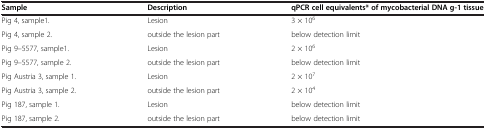
| Sample | Description | qPCR cell equivalents* of mycobacterial DNA g-1 tissue |
 | --- | --- | --- |
 | Pig 4, sample1. | Lesion | 3 × 106 |
 | Pig 4, sample 2. | outside the lesion part | below detection limit |
 | Pig 9–5577, sample1. | Lesion | 2 × 106 |
 | Pig 9–5577, sample 2. | outside the lesion part | below detection limit |
 | Pig Austria 3, sample 1. | Lesion | 2 × 107 |
 | Pig Austria 3, sample 2. | outside the lesion part | 2 × 104 |
 | Pig 187, sample 1. | Lesion | below detection limit |
 | Pig 187, sample 2. | outside the lesion part | below detection limit |